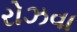
રોઝવા